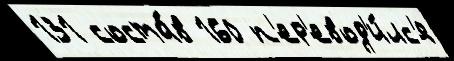
131 соста́в 160 п'ер'евод'и́лс'я